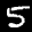
Label: 5